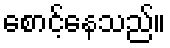
စောင့်နေသည်။